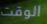
الوقت